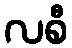
လစီ